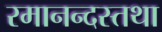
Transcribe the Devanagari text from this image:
रमानन्दस्तथा